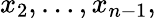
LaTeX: x_{2},\ldots,x_{n-1},